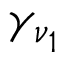
\gamma _ { \nu _ { 1 } }